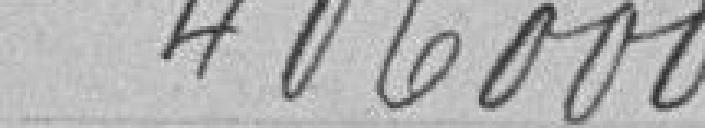
406000